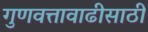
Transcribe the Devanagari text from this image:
गुणवत्तावाढीसाठी